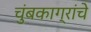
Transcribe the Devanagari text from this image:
चुंबकाग्रांचे